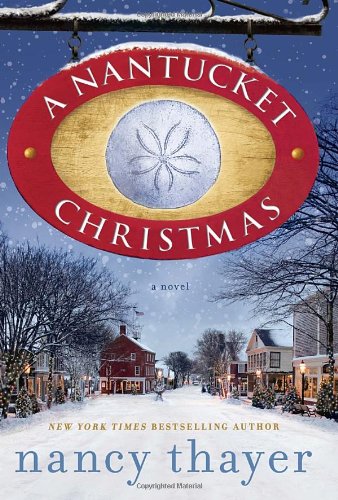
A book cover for A Nantucket Christmas: A Novel; Nancy Thayer; Romance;